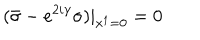
( { \bar { \sigma } } - e ^ { 2 i \gamma } \sigma ) | _ { x ^ { 1 } = 0 } = 0